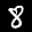
Label: 8